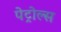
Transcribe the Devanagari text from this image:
पेट्रोल्स